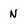
Character: N